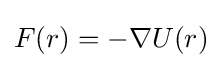
F(r)=-\nabla U(r)